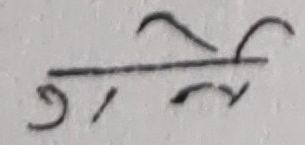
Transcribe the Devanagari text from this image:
७ /र्जु